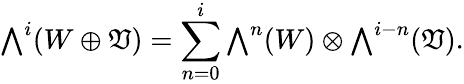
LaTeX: {\textstyle\bigwedge^{i}}(W\oplus\mathfrak{V})=\sum_{n=0}^{i}{\textstyle\bigwedge^{n}(W)\otimes\bigwedge^{i-n}}(\mathfrak{V}).